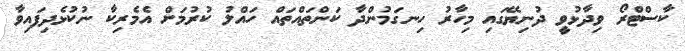
ކާސްޓްރޯ ވިދާޅުވީ ދުނިޔޭގައި މިހާރު ހިނގަމުންދާ ކަންތައްތައް ހައްލު ކުރުމަށް އެމެރިކާ ނުކުޅެދިފައިވާ